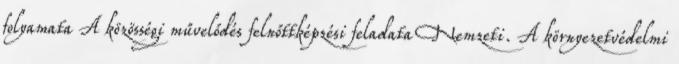
folyamata A közösségi művelődés felnőttképzési feladata Nemzeti. A környezetvédelmi